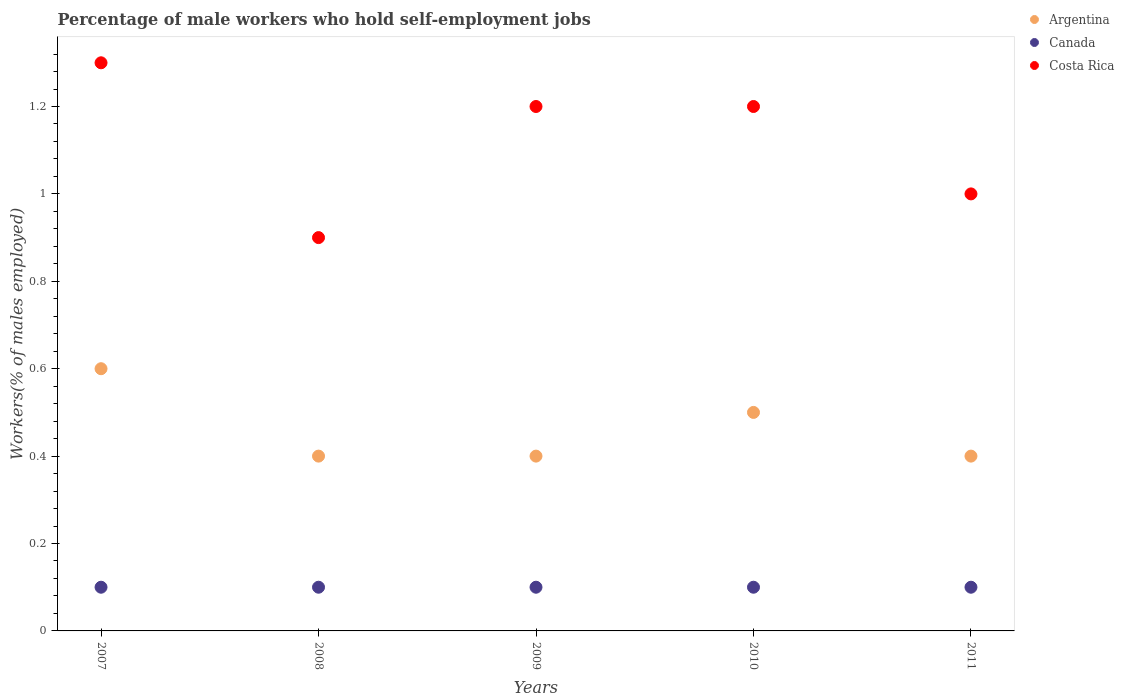
| Years | Argentina | Canada | Costa Rica |
 | --- | --- | --- | --- |
 | 2007 | 0.6 | 0.1 | 1.3 |
 | 2008 | 0.4 | 0.1 | 0.9 |
 | 2009 | 0.4 | 0.1 | 1.2 |
 | 2010 | 0.5 | 0.1 | 1.2 |
 | 2011 | 0.4 | 0.1 | 1 |